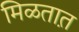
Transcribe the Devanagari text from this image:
मिळतात़